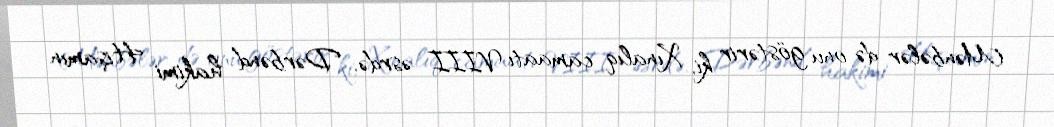
Mənbələr də onu göstərir ki, Xınalıq camaatı VIII əsrdə, Dərbənd hakimi Hişamın